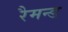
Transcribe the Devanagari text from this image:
रैमन्ड